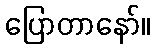
ပြောတာနော်။